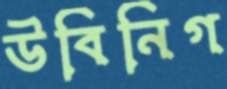
উবিনিগ